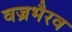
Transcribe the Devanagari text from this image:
वज्रभैरव